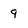
Character: 9